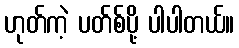
ဟုတ်ကဲ့ ပတ်စ်ပို့ ပါပါတယ်။